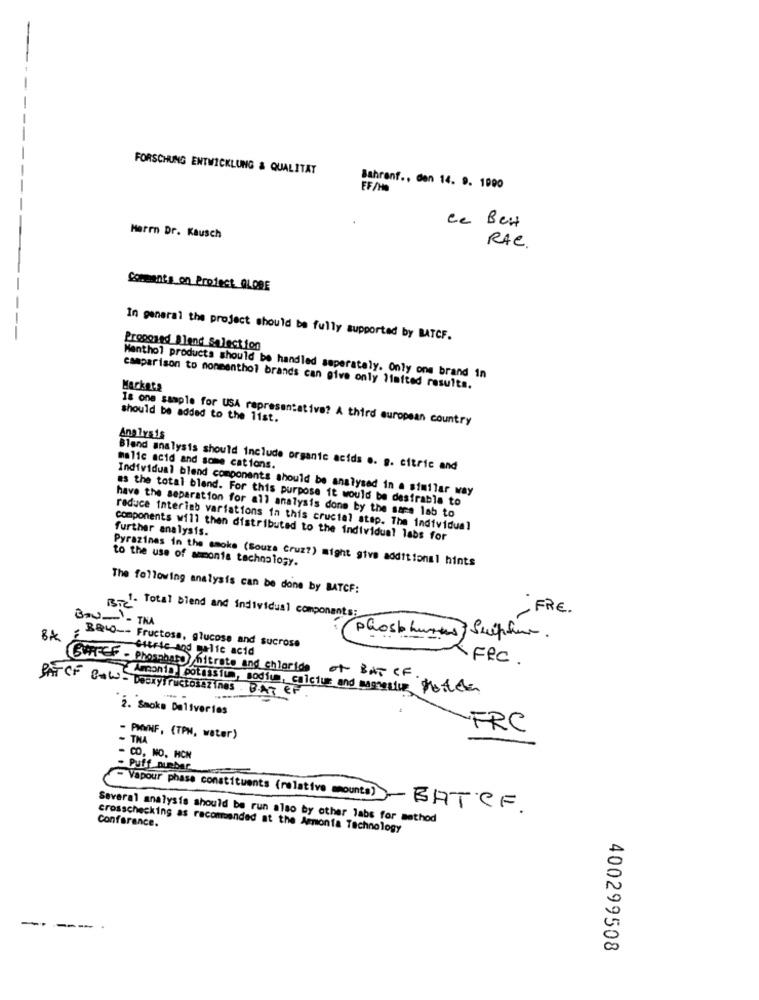
FORSCHUNG ENTWICKLUNG & QUALITAT
FF/HD
Bahrenf ., den 14. 9. 1990
-
ce Ber
Herrn Dr. Kausch
RAC.
Comments on Project GLOBE
In general the project should be fully supported by BATCF.
Proposed Blend Select fon
Menthol products should be handled seperately. Only one brand in
Markets
camparison to nonmenthol brands can give only limited results.
should be added to the list.
Is one sample for USA representative? A third european country
Analysis
malic acid and some cations.
Bland analysis should include organic acids e. g. citric and
Individual blend components should be analysed in a similar way
as the total bland. For this purpose it would be desirable to
have the separation for all analysis done by the same lab to
reduce interimb variations in this crucial stap. The individual
further analysis.
components will then distributed to the individual labs for
Pyrazines in the smoke (Souza cruz?) might give additional hints
to the use of ammonia technology.
The following analysis can be done by BATCF:
FRE.
BAU- THA
-1- Total blend and individual components:
phos hurts Sulphur.
B&wO -- Fructose, glucose and sucrose
Citric and galic acid
FEC .
CAFFEF - Phosabato nitrate and chloride
OF BAT CF.
Ammanin potission, sodium, calcium and magnesium Mostelen
PAT CF B&W - Deckyfructosazines BAT EF
2. Smoke Deliveries
FRC
- THA
- PKWNF, (TPN, water)
- CO, MO. HCH
- Puff number
{ Vapour phase constituents (relative mounts) - BATCF.
Several analysis should be run also by other labs for method
Conferance.
crosschecking as recommended at the Ammonta Technology
---
400299508